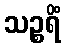
သဉ္စရိံ